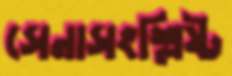
সেনাসংশ্লিষ্ট